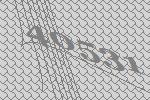
40531